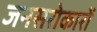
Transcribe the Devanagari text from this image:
जनसरोकारों